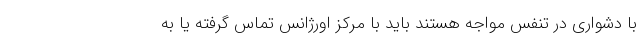
با دشواری در تنفس مواجه هستند باید با مرکز اورژانس تماس گرفته یا به